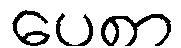
ပေစာ